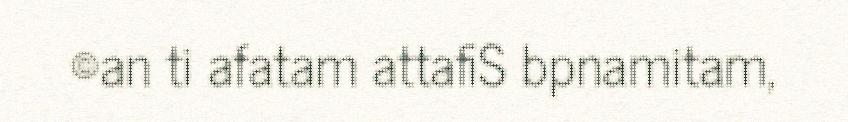
©an ti afatam attafiS bpnamitam,